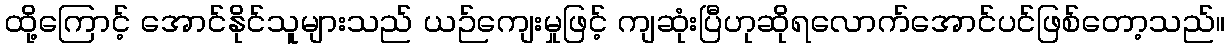
ထို့ကြောင့် အောင်နိုင်သူများသည် ယဉ်ကျေးမှုဖြင့် ကျဆုံးပြီဟုဆိုရလောက်အောင်ပင်ဖြစ်တော့သည်။